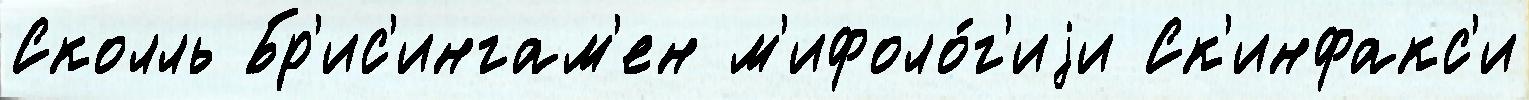
Сколль Бр'ис'ингам'ен м'ифоло́г'иjи Ск'инфакс'и